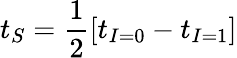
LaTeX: t_{S}=\frac{1}{2}[t_{I=0}-t_{I=1}]